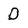
Character: 0